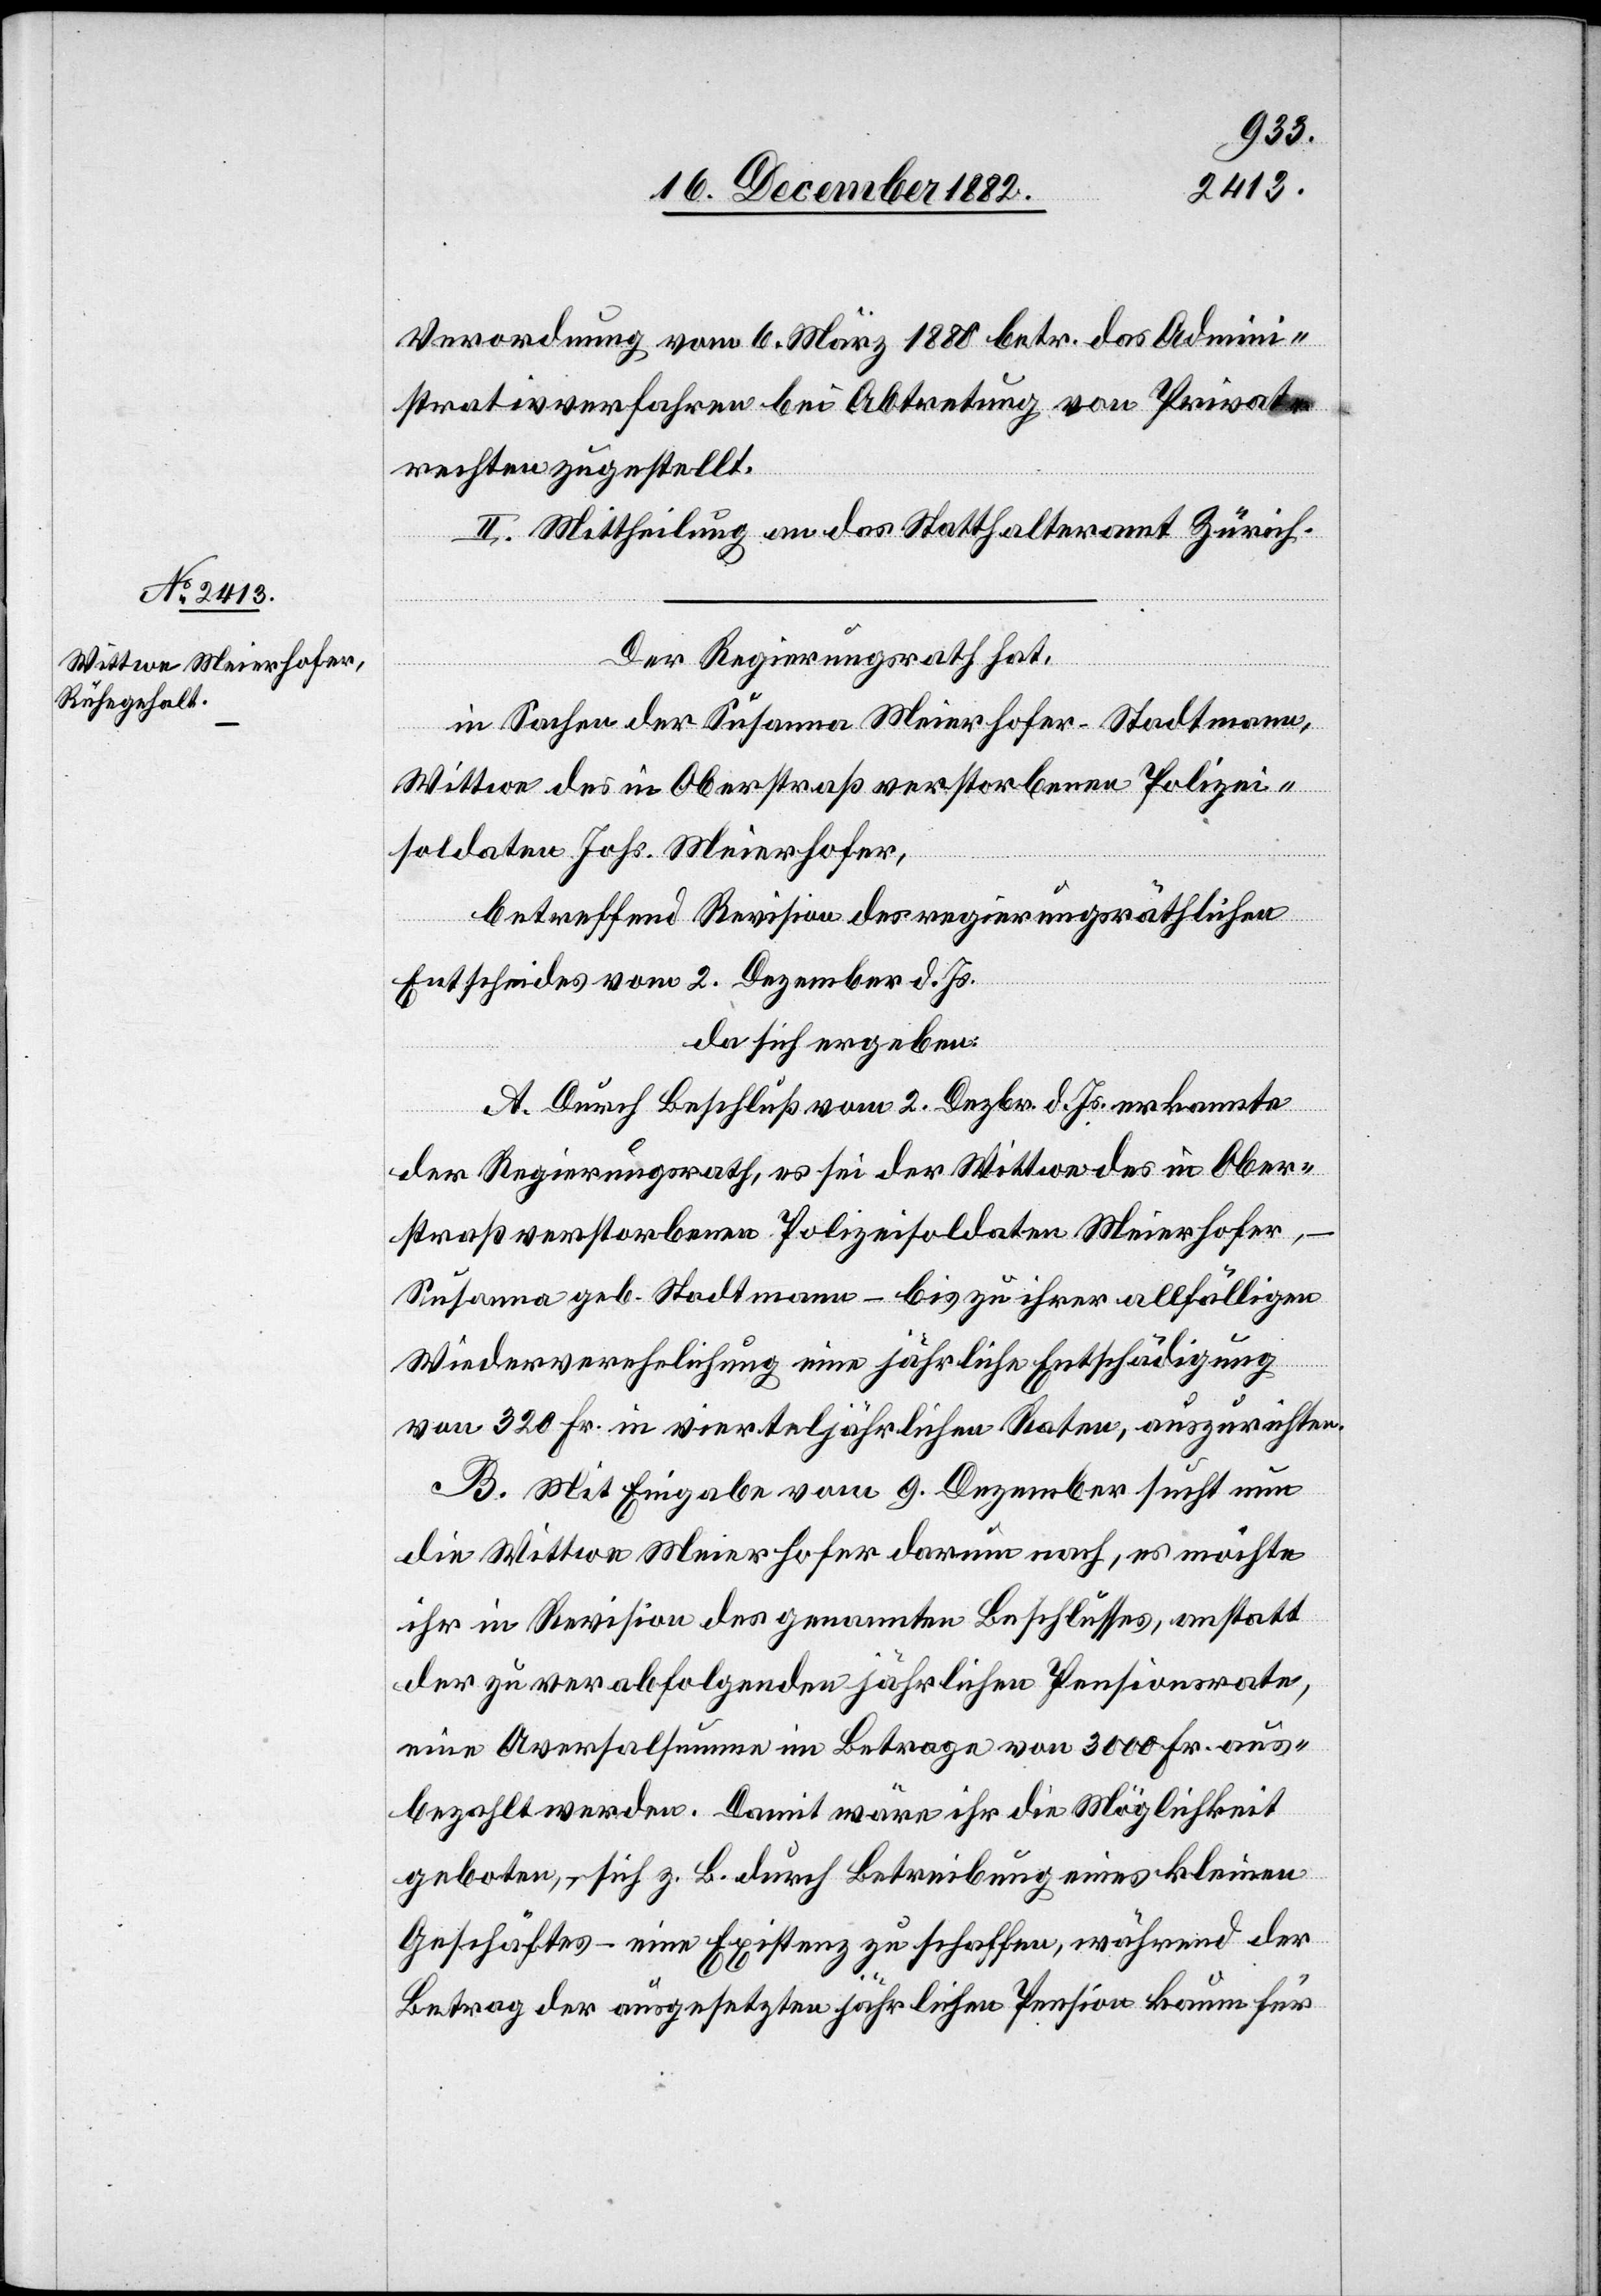
Verordnung vom 6. März 1880 betr. das Admini¬
strativverfahren bei Abtretung von Privat¬
rechten zugestellt.
II. Mittheilung an das Statthalteramt Zürich.
Der Regierungsrath hat,
in Sachen der Susanna Meierhofer-Stadtmann,
Wittwe des in Oberstraß verstorbenen Polizei¬
soldaten Johs. Meierhofer,
betreffend Revision des regierungsräthlichen
Entscheides vom 2. Dezember d. Js.
da sich ergeben:
A. Durch Beschluß vom 2. Dezbr. d. Js. erkannte
der Regierungsrath, es sei der Wittwe des in Ober¬
straß verstorbenen Polizeisoldaten Meierhofer,
Susanna geb. Stadtmann – bis zu ihrer allfälligen
Wiederverehelichung eine jährliche Entschädigung
von 320 Fr. in vierteljährlichen Raten, auszurichten.
B. Mit Eingabe vom 9. Dezember sucht nun
die Wittwe Meierhofer darum nach, es möchte
ihr in Revision des genannten Beschlusses, anstatt
der zu verabfolgenden jährlichen Pensionsrate,
eine Aversalsumme im Betrage von 3000 Fr. aus¬
bezahlt werden. Damit wäre ihr die Möglichkeit
geboten, sich z. B. durch Betreibung eines kleinen
Geschäftes – eine Existenz zu schaffen, während der
Betrag der ausgesetzten jährlichen Pension kaum für